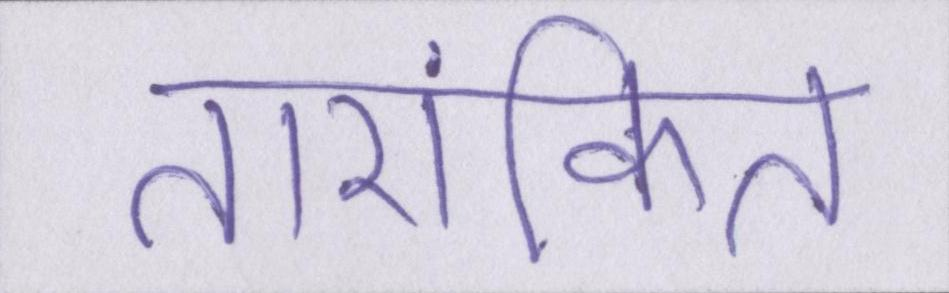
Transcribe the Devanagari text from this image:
तारांकित